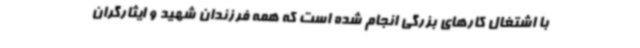
با اشتغال کارهای بزرگی انجام شده است که همه فرزندان شهید و ایثارگران